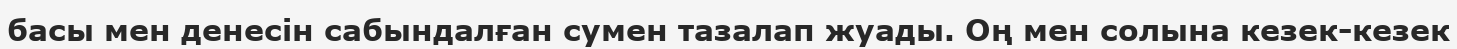
басы мен денесін сабындалған сумен тазалап жуады. Оң мен солына кезек-кезек